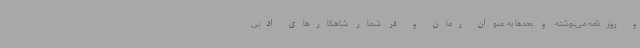
و روزنامه می‌نوشته و بعدها به عنوان رمان و در شمار شاهکارهای ادبی